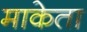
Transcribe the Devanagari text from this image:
माकेता